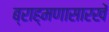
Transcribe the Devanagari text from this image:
ब्राह्मणासारखें